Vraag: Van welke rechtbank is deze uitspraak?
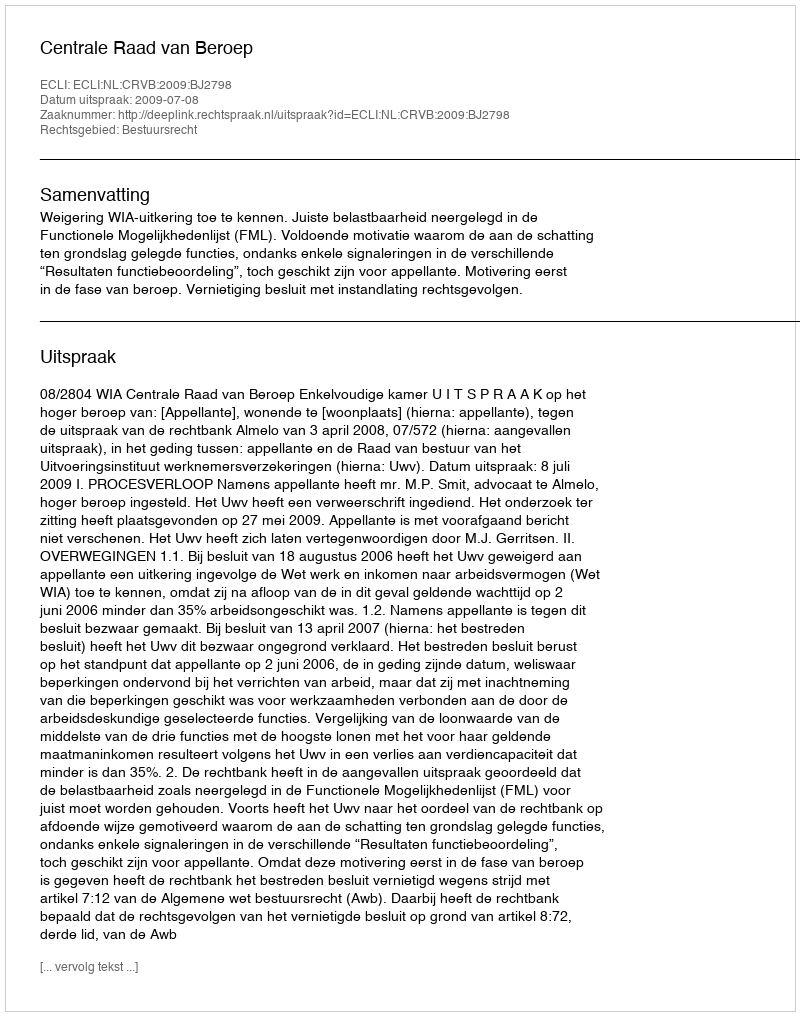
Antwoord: Centrale Raad van Beroep